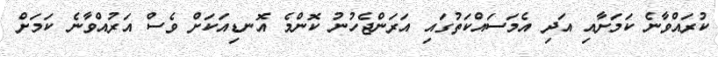
ކުރައްވާނެ ކަމަށާއި އަދި އެމަސައްކަތުގައި އަރަންޖެހުނު ކޮންމެ އޮނޑިއަކަށް ވެސް އަރުއްވާނެ ކަމަށް